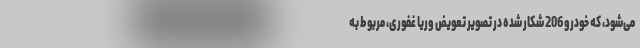
می‌شود، که خودرو 206 شکار شده در تصویر تعویض وریا غفوری، مربوط به